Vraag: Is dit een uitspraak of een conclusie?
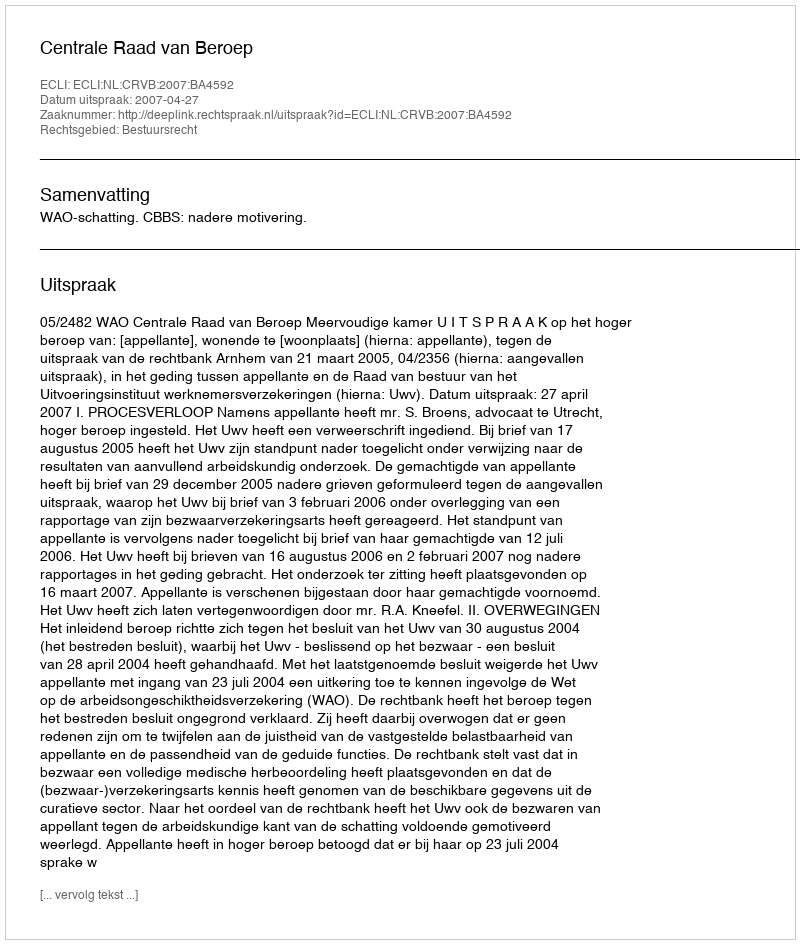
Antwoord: Uitspraak